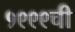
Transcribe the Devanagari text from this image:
१९९९ची